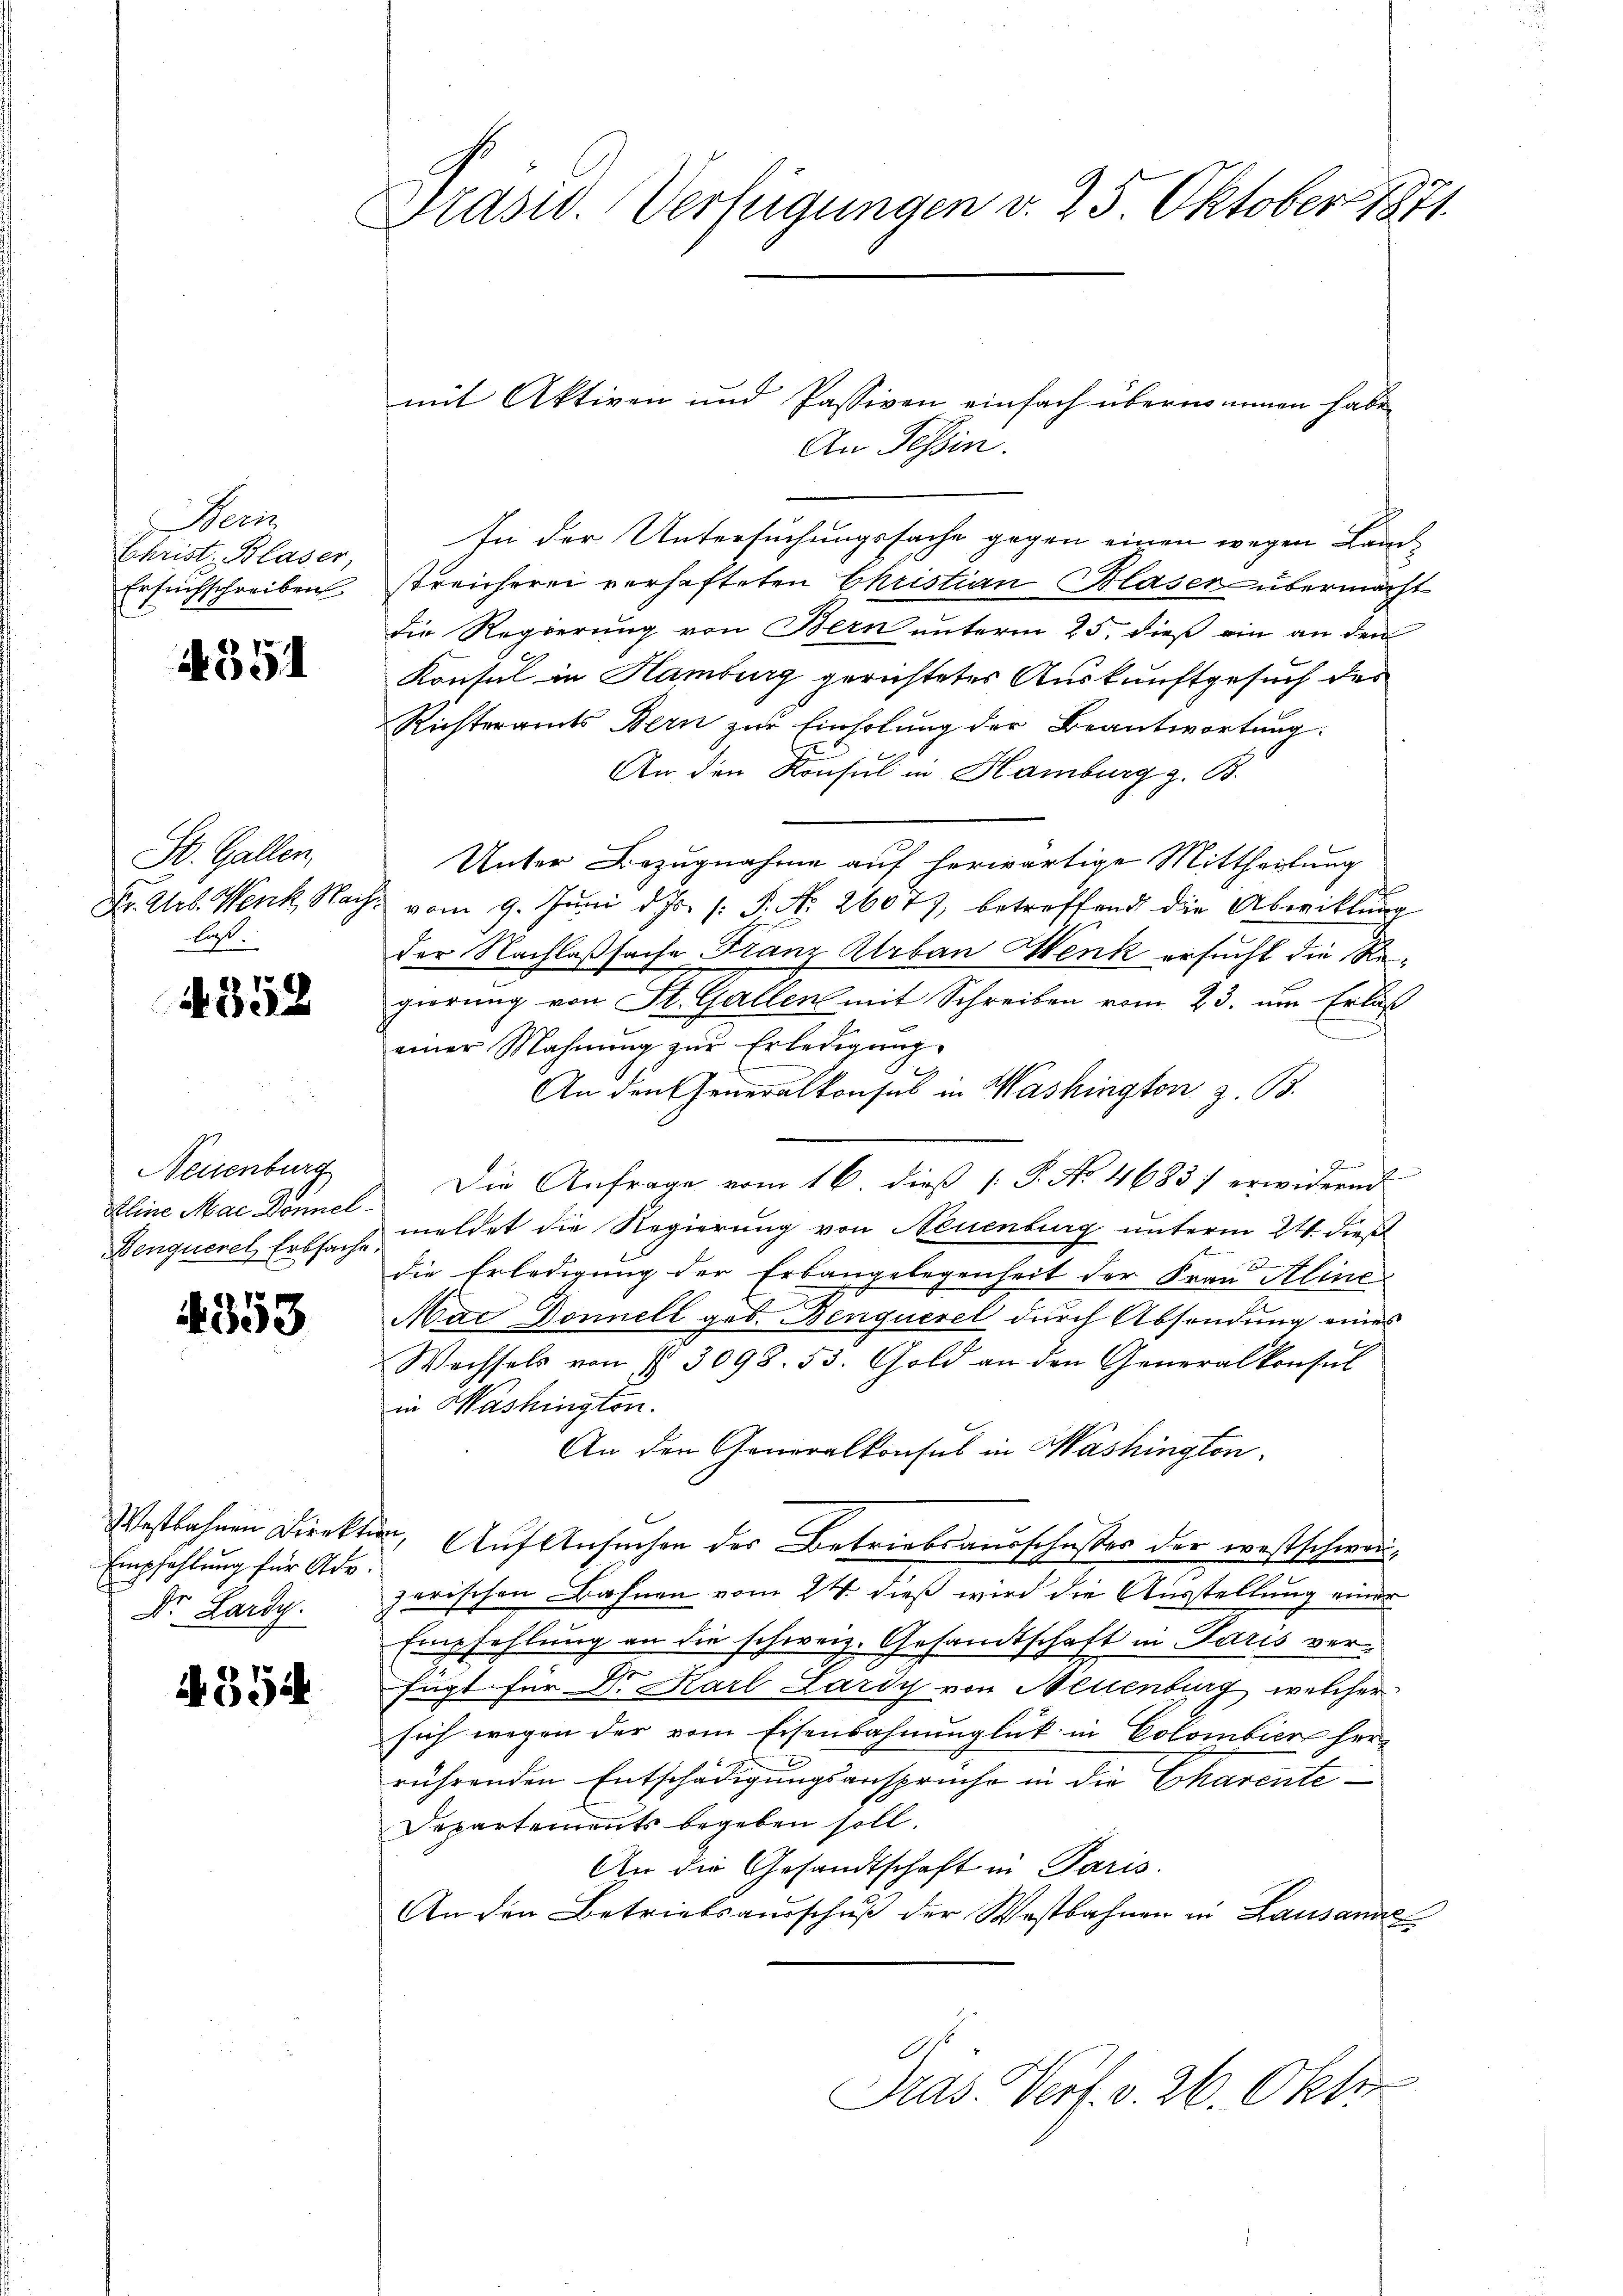
Fecis
Christ. Blaser,
Ersuchschreiben

4351

St. Gallen,
Dr. Arb. Werk, Nach
las.

4358

Neuenburg
Aline Mac Donnel.
Benquerel, Erbsache

4353

Westbahnen Direkte
Empfehlung für Ade.
Dr. Lardy.

354

Präsid. Verfügungen v. 25. Oktober 1871

mit Aktiven und Passiven einfach übernommen habe,
An Tessin.
In der Untersuchungssache gegen einen wegen Landstreicherei verhafteten Christian Blaser übermacht
die Regierung von Bern unterm 25. dieß ein an den
Konsul in Hamburg gerichtetes Auskunftgesuch des
Richteramts Bern zur Einholung der Beantwortung
An den Konsul in Hamburg z. B.
Unter Bezugnahme auf herwärtige Mittheilung
vom 9. Juni d. Js. /: P. Nr. 26077, betreffend die Abwicklung
der Nachlaßsache Franz Urban Wenk ersucht die Regierung von St. Gallen mit Schreiben vom 23. um Erlaß
einer Mahnŭng zŭr Erledigŭng.
An den Generalkonsul in Washington z. B.
2
Die Anfrage vom 16. dieß [ P. No. 4683) erwidernd
meldet die Regierung von Neuenburg unterm 21. dieß
e
die Erledigung der Erbaugelegenheit der Frau Aline
Mac Donnell geb. Benquerel durch Absendung eines
Wechsels von § 3098. 53. Gold an den Generalkonsul
in Washingten.
An den Generalkonsul in Washington
, Auf Ansuchen des Betriebsausschußes der westschwanzarischen Bahnen vom 24. dieß wird die Ausstellung einer
Empfehlung an die schweiz. Gesandtschaft in Paris verfügt für Dr. Karl Zardy von Neuenburg, welcher
sich wegen der vom Eisenbahnunglück in Colombier her-
rührenden Entschädigungsanspruche in die Eharente¬
Departements begeben soll.
An die Gesandtschaft in Paris.
An den Betriebsausschuß der Wostbahnen in Lausanne
6
Präs. Verf. v. 26. Oktor